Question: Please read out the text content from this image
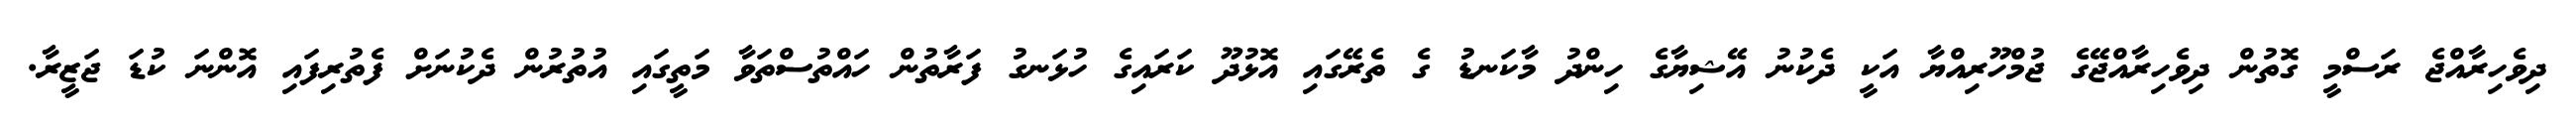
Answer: ދިވެހިރާއްޖެ ރަސްމީ ގޮތުން ދިވެހިރާއްޖޭގެ ޖުމްހޫރިއްޔާ އަކީ ދެކުނު އޭޝިޔާގެ ހިންދު މާކަނޑު ގެ ތެރޭގައި އޮޅުދޫ ކަރައިގެ ހުޅަނގު ފަރާތުން ހައްތުސްތަވާ މަތީގައި އުތުރުން ދެކުނަށް ފެތުރިފައި އޮންނަ ކުޑަ ޖަޒީރާ.